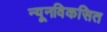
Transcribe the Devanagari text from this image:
न्यूनविकसित